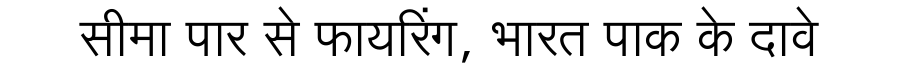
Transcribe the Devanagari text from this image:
सीमा पार से फायरिंग, भारत पाक के दावे